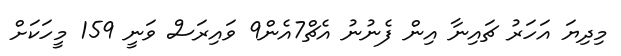
މިދިޔަ އަހަރު ޗައިނާ އިން ފެނުނު އެޗް7އެން9 ވައިރަސް ވަނީ 159 މީހަކަށް